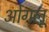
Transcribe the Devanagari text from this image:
ओगलू